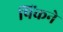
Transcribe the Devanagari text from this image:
पिंकने